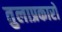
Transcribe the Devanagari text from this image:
तुलाप्रकारों